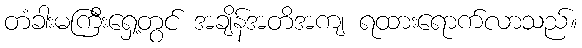
တံခါးမကြီးရှေ့တွင် အချိန်အတိအကျ ရထားရောက်လာသည်။